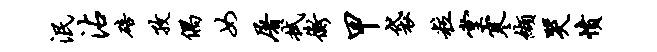
泯沾碚孜偶女屠拭衡甲袋粒堂寒缬哭愤